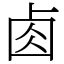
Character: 𠧪